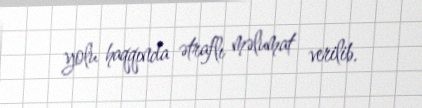
yolu haqqında ətraflı məlumat verilib.